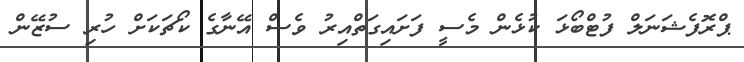
ޕްރޮފެޝަނަލް ފުޓްބޯޅަ ކުޅެން މެސީ ފަށައިގަތްއިރު ވެސް އޭނާގެ ކޯޗަކަށް ހުރި ސުޒޭން